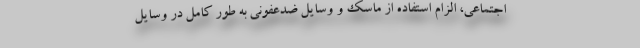
اجتماعی، الزام استفاده از ماسک و وسایل ضدعفونی به طور کامل در وسایل